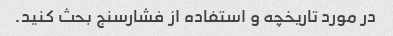
در مورد تاریخچه و استفاده از فشارسنج بحث کنید.